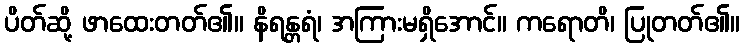
ပိတ်ဆို့ ဖာထေးတတ်၏။ နိရန္တရံ၊ အကြားမရှိအောင်။ ကရောတိ၊ ပြုတတ်၏။